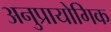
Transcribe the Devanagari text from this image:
अनुप्रायोगिक